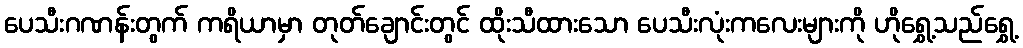
ပေသီးဂဏန်းတွက် ကရိယာမှာ တုတ်ချောင်းတွင် ထိုးသီထားသော ပေသီးလုံးကလေးများကို ဟိုရွှေ့သည်ရွှေ့